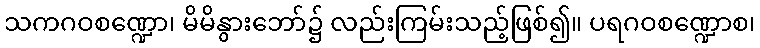
သကဂဝစဏ္ဍော၊ မိမိနွားဘော်၌ လည်းကြမ်းသည့်ဖြစ်၍။ ပရဂဝစဏ္ဍောစ၊